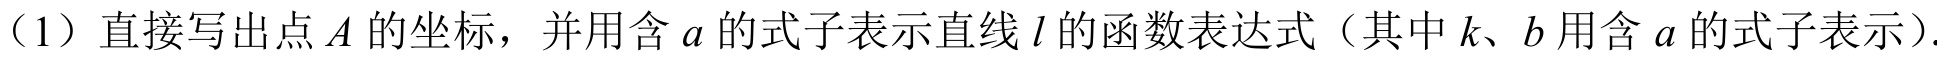
（1）直接写出点\(A\)的坐标，并用含\(a\)的式子表示直线\(l\)的函数表达式（其中\(k\)、\(b\)用含\(a\)的式子表示）.